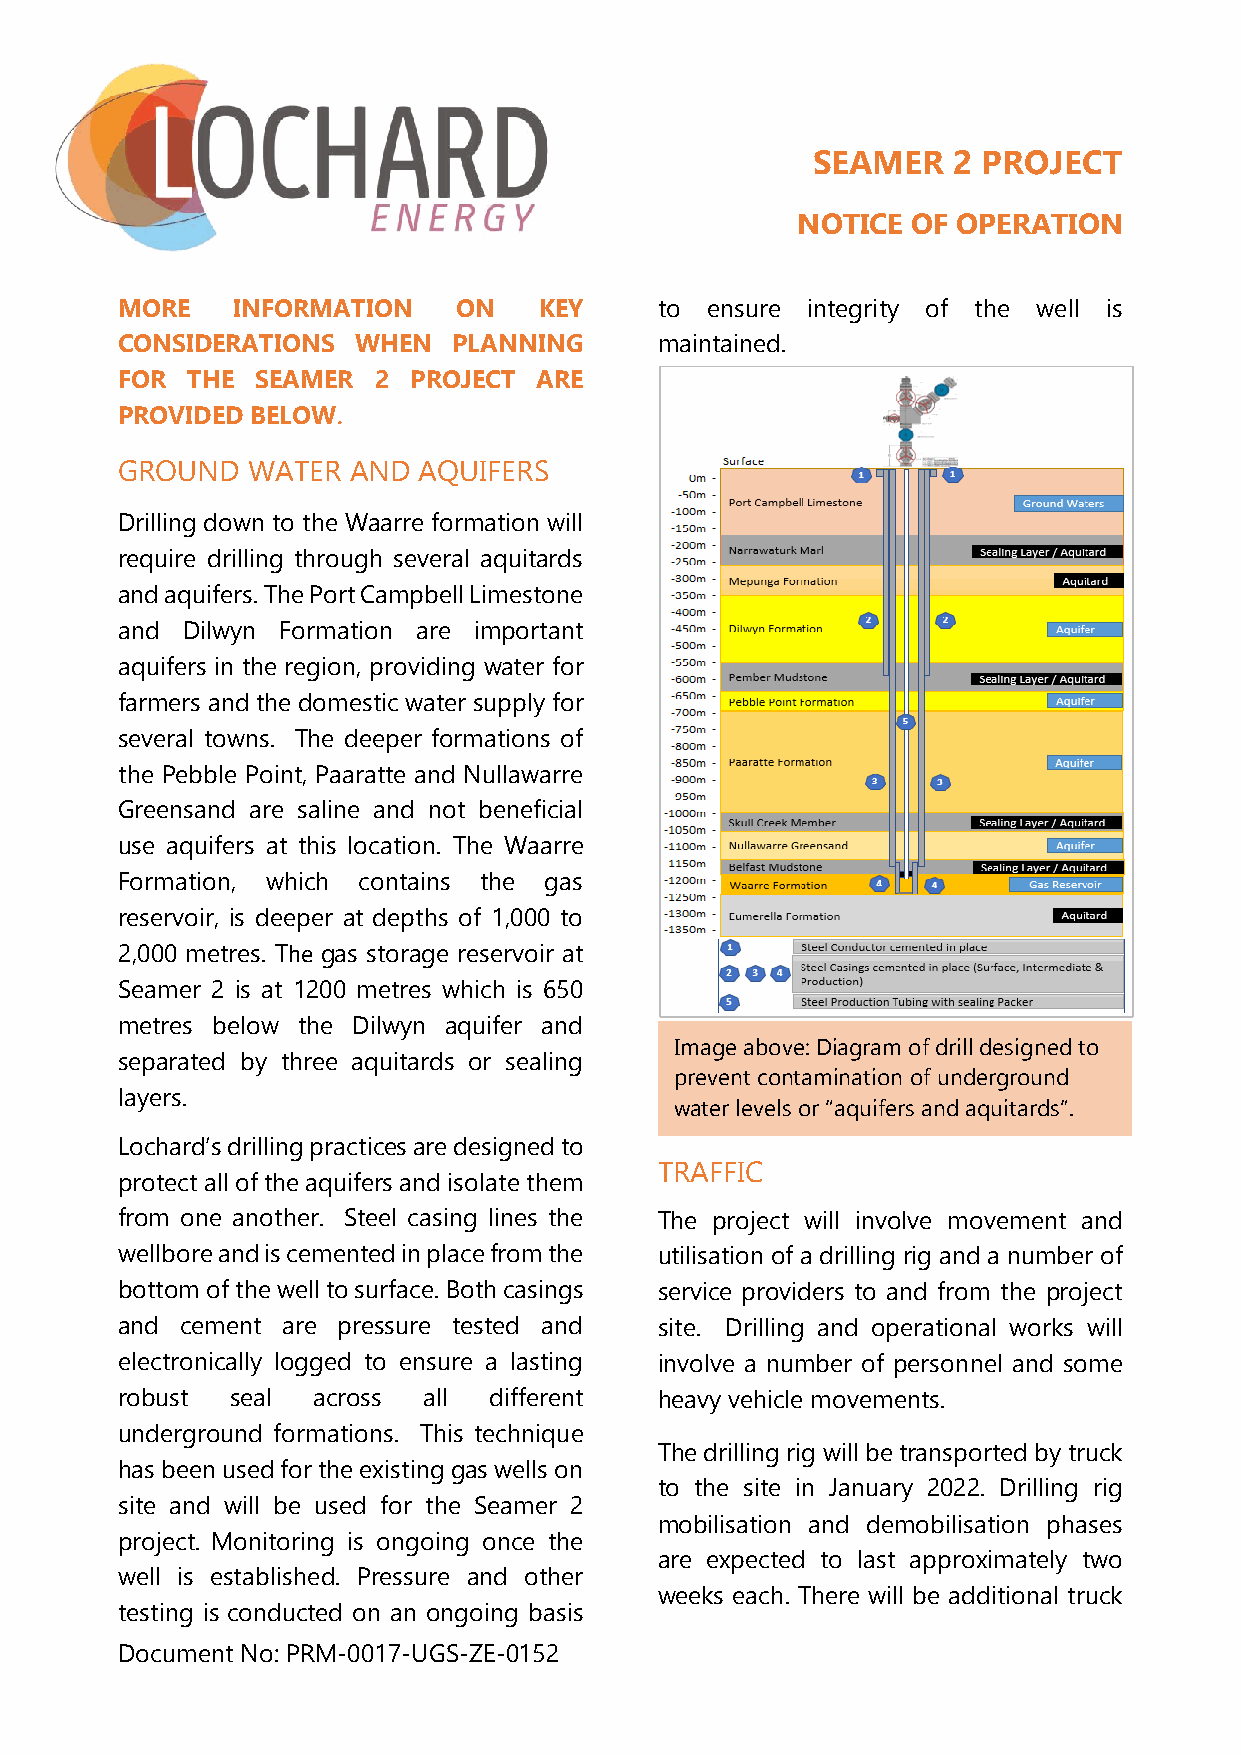
SEAMER   2 PROJECT
 NOTICE OF OPERATION
 MORE   INFORMATION    ON    KEY     to ensure integrity of the well is
 CONSIDERATIONS  WHEN  PLANNING      maintained.
 FOR THE  SEAMER  2 PROJECT ARE
 PROVIDED BELOW.
 GROUND  WATER  AND  AQUIFERS
 Drilling down to the Waarre formation will
 require drilling through several aquitards
 and aquifers. The Port Campbell Limestone
 and Dilwyn Formation are important
 aquifers in the region, providing water for
 farmers and the domestic water supply for
 several towns. The deeper formations of
 the Pebble Point, Paaratte and Nullawarre
 Greensand are saline and not beneficial
 use aquifers at this location. The Waarre
 Formation, which contains the gas
 reservoir, is deeper at depths of 1,000 to
 2,000 metres. The gas storage reservoir at
 Seamer 2 is at 1200 metres which is 650
 metres below the Dilwyn aquifer and
 Image above: Diagram of drill designed to
 separated by three aquitards or sealing
 prevent contamination of underground
 layers.
 water levels or “aquifers and aquitards”.
 Lochard’s drilling practices are designed to
 TRAFFIC
 protect all of the aquifers and isolate them
 from one another. Steel casing lines the The project will involve movement and
 wellbore and is cemented in place from the utilisation of a drilling rig and a number of
 bottom of the well to surface. Both casings service providers to and from the project
 and cement are pressure tested and  site. Drilling and operational works will
 electronically logged to ensure a lasting involve a number of personnel and some
 robust seal  across all different   heavy vehicle movements.
 underground formations. This technique
 The drilling rig will be transported by truck
 has been used for the existing gas wells on
 to the site in January 2022. Drilling rig
 site and will be used for the Seamer 2
 mobilisation and demobilisation phases
 project. Monitoring is ongoing once the
 are expected to last approximately two
 well is established. Pressure and other
 weeks each. There will be additional truck
 testing is conducted on an ongoing basis
 Document No: PRM-0017-UGS-ZE-0152